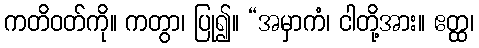
ကတိဝတ်ကို။ ကတွာ၊ ပြု၍။ “အမှာကံ၊ ငါတို့အား။ ဧတ္ထ၊